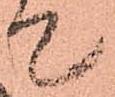
て